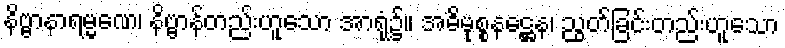
နိဗ္ဗာနာရမ္မဏေ၊ နိဗ္ဗာန်တည်းဟူသော အာရုံ၌။ အဓိမုစ္စနဋ္ဌေန၊ ညွတ်ခြင်းတည်းဟူသော